画像に写った文字を読んでください
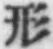
「形」と書いてあります